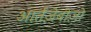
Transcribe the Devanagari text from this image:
आर्तज़ेबीज़ो